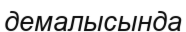
демалысында